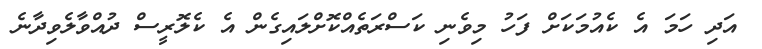
އަދި ހަމަ އެ ކެއުމަކަށް ފަހު މިވެނި ކަސްރަތެއްކޮށްލައިގެން އެ ކެލޮރީސް ދުއްވާލެވިދާނެ